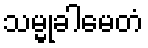
သမ္မုခါမေတံ